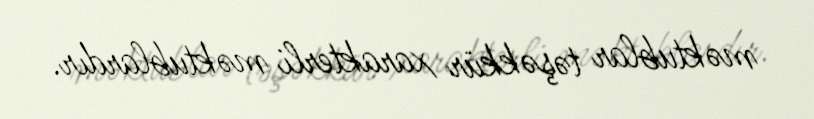
məktublar təşəkkür xarakterli məktublardır.